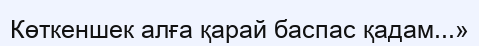
Көткеншек алға қарай баспас қадам...»